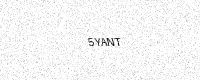
Text: 5YANT